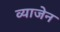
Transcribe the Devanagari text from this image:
व्याजेन